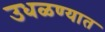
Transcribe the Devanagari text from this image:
उधळण्यात